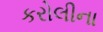
કરોલીના